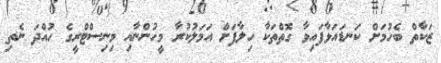
ޒަކާތް ބެހުމަށް ކަނޑައަޅާފައިވާ ގޮތްތަކާ ހިލާފަށް އަމަލުކުރާ މީހުންނާއި މިނިސްޓްރީގެ ހުއްދަ ނެތި